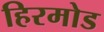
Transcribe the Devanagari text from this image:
हिरमोड